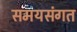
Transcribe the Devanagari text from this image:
समयसंगत